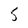
Character: S